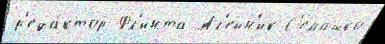
р'еда́ктор Фл'инта Ал'ейн'ик С'емашко